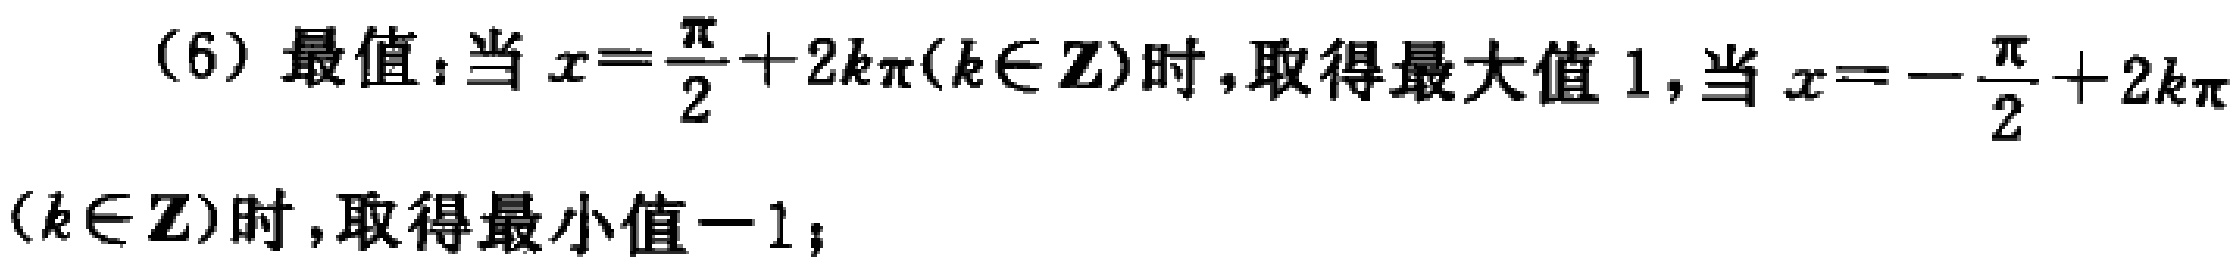
(6) 最值：当 \(x = \frac{\pi}{2}+2k\pi(k\in\mathbf{Z})\) 时，取得最大值 \(1\)，当 \(x = -\frac{\pi}{2}+2k\pi(k\in\mathbf{Z})\) 时，取得最小值 \(-1\)；